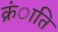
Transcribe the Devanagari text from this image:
क्रंाति